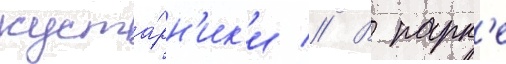
куста́рн'ик'и // В парк'е